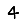
Digit: 4